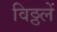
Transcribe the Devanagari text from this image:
विठ्ठलें